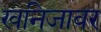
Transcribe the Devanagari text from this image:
खनिजावर